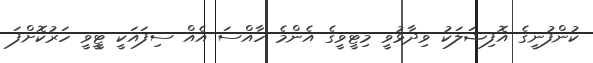
ކުންފުނީގެ އޮފިޝަލަކު ވިދާޅުވީ މިޓީވީގެ އެންމެ ހާއްސަ އެއް ސިފައަކީ ޓީީވީ ހަރުކޮށްފަ